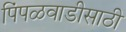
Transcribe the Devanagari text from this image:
पिंपळवाडीसाठी